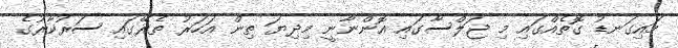
މައިގަނޑު ގޮތެއްގައި މި ޖަލްސާގައި އޮންނާނީ މިދިޔަ ތިން އަހަރު ތެރޭގައި ސަރުކާރުގެ